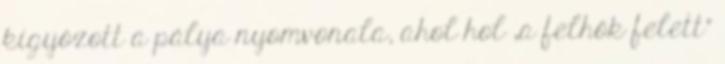
kígyózott a pálya nyomvonala, ahol hol „a felhők felett”